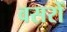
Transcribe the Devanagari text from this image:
वसरों